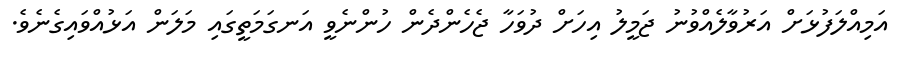
އަމިއްލަފުޅަށް އަރުވާލެއްވުނު ޖަމީލު އިހަށް ދުވަހާ ޖެހެންދެން ހުންނެވީ އަނގަމަތީގައި މަލަން އަޅުއްވައިގެނެވެ.